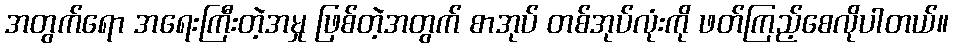
အတွက်ရော အရေးကြီးတဲ့အမှု ဖြစ်တဲ့အတွက် စာအုပ် တစ်အုပ်လုံးကို ဖတ်ကြည့်စေလိုပါတယ်။